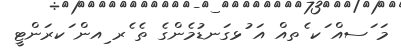
މަ ަސއް ަކ ެތއް އަ ުޅގަނޑުމެންގެ ތެ ެރ ިއން ަކރަންޓީ